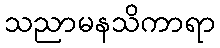
သညာမနသိကာရာ